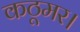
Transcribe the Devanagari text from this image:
कठूमर।